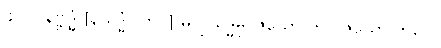
၄၀၂။ နိဗ္ဗုဒ္ဓံ [နိယုဒ္ဓံ (က.)] မလ္လယုဒ္ဓမှိ၊ ဇယော တု ဝိဇယော ဘဝေ။